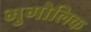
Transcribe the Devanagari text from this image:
भुगौलिक